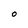
Character: O